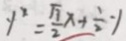
y ^ { 2 } = \frac { \sqrt { 7 } } { 2 } x + \frac { 1 } { 2 } - 1